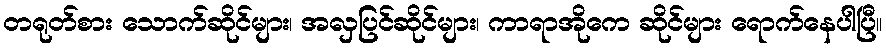
တရုတ်စား သောက်ဆိုင်များ၊ အလှပြင်ဆိုင်များ၊ ကာရာအိုကေ ဆိုင်များ ရောက်နေပါပြီ။